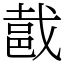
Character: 𨚵